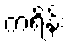
ကရိန်း